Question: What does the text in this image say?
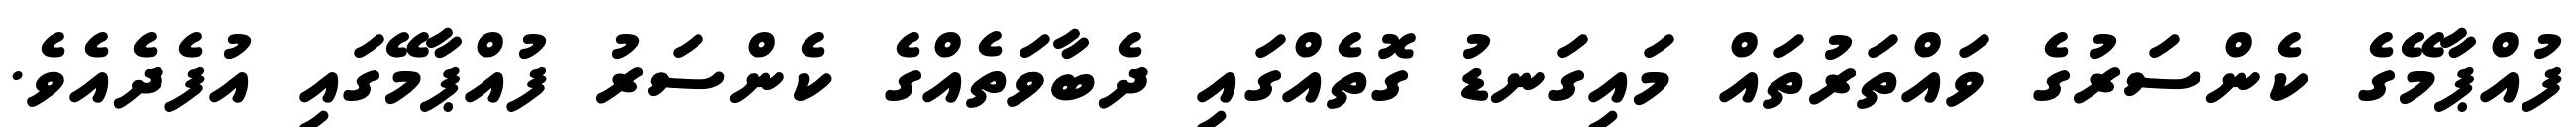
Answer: ފުއްޕާމޭގެ ކެންސަރުގެ ވައްތަރުތައް މައިގަނޑު ގޮތެއްގައި ދެބާވަތެއްގެ ކެންސަރު ފުއްޕާމޭގައި އުފެދެއެވެ.